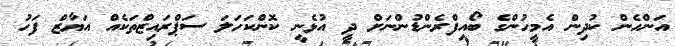
އަންހެން ކުދިން އެމީހުންގެ ބޯއިފްރެންޑުންނަށް ދީ އުޅެނީ ކޮންކަހަލަ ސަޕްރައިޒްތަކެއް އަޔާޒް ފަހު